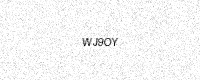
Text: WJ9OY